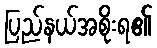
ပြည်နယ်အစိုးရ၏